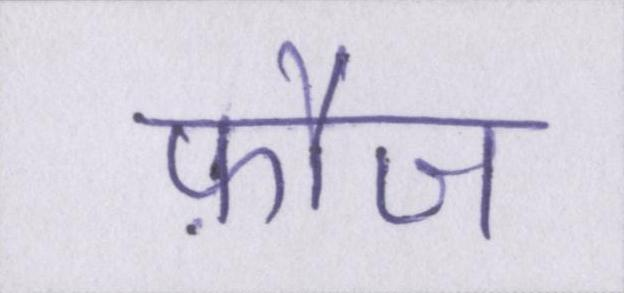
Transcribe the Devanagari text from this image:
फ़ौज